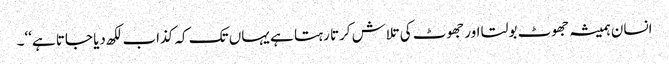
انسان ہمیشہ جھوٹ بولتا اور جھوٹ کی تلاش کرتا رہتا ہے یہاں تک کہ کذاب لکھ دیا جاتا ہے‘‘۔